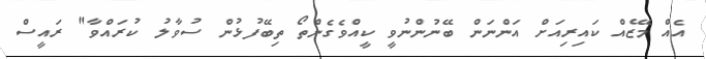
އެއް މޭޒެއް ކައިރިއަށް އަންނަން ބޭނުންނުވީ ކީއްވެގެންތޯ ތިބޭފުޅުން ސުވާލު ކުރައްވާ" ރައީސް